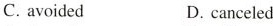
C. avoided D. canceled